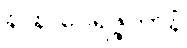
နာနာဝေရဇ္ဇကာနံ